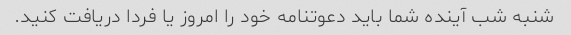
شنبه شب آینده شما باید دعوتنامه خود را امروز یا فردا دریافت کنید.